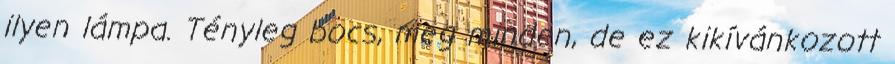
ilyen lámpa. Tényleg bocs, meg minden, de ez kikívánkozott